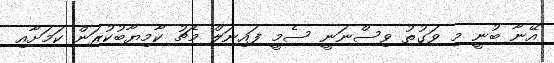
އޭނާ ބުނީ މި ވަގުތު ވިސްނަނީ ސެމީ ފައިނަލް މެޗު ކާމިޔާބުކުރަން ކަމަށާއި